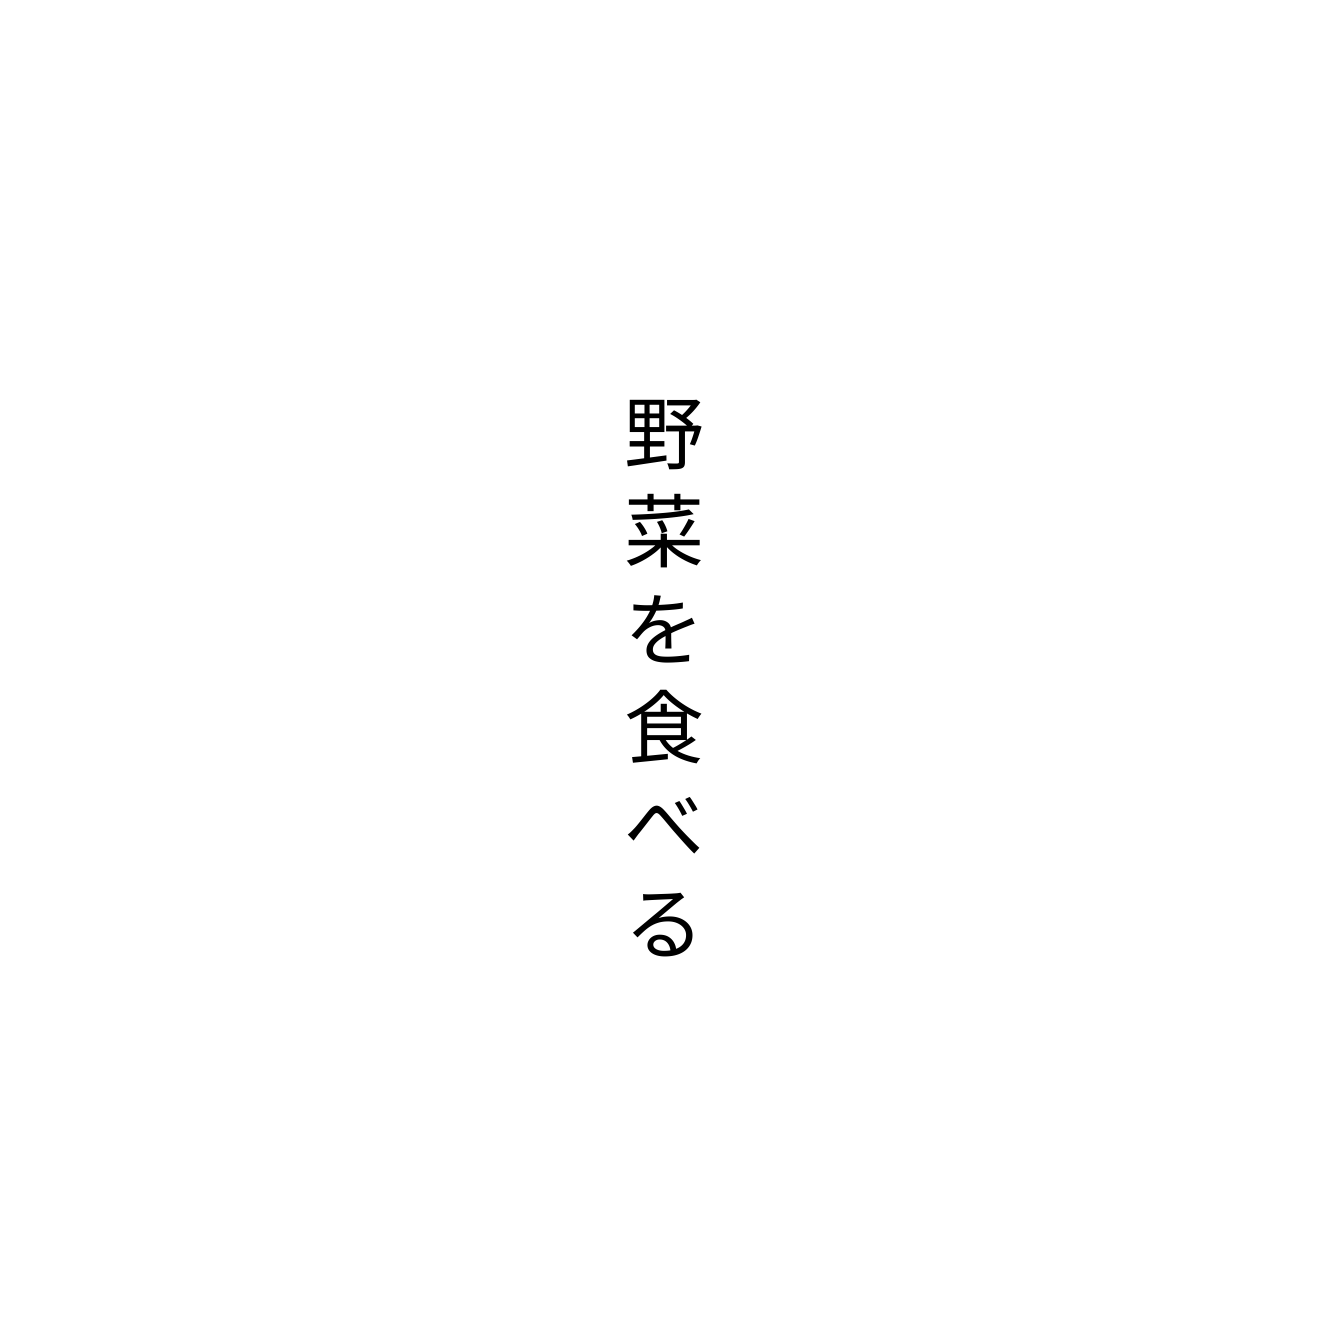
野菜を食べる